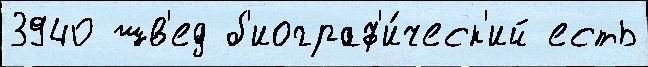
3940 шв'ед б'иограф'и́ческ'ий есть